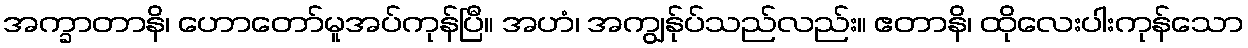
အက္ခာတာနိ၊ ဟောတော်မူအပ်ကုန်ပြီ။ အဟံ၊ အကျွန်ုပ်သည်လည်း။ ဧတာနိ၊ ထိုလေးပါးကုန်သော